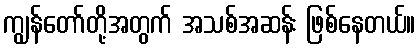
ကျွန်တော်တို့အတွက် အသစ်အဆန်း ဖြစ်နေတယ်။